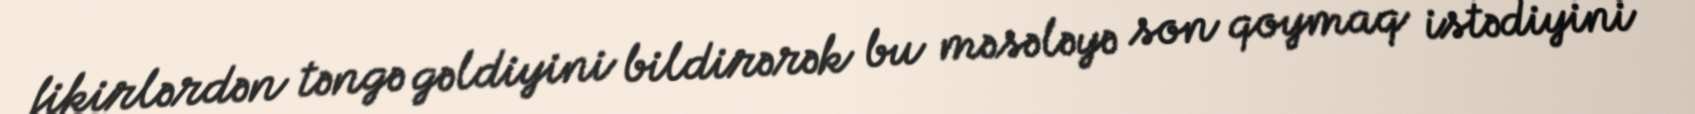
fikirlərdən təngə gəldiyini bildirərək bu məsələyə son qoymaq istədiyini